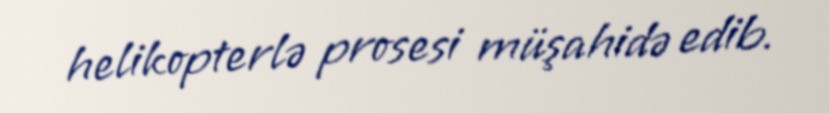
helikopterlə prosesi müşahidə edib.